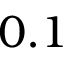
0 . 1